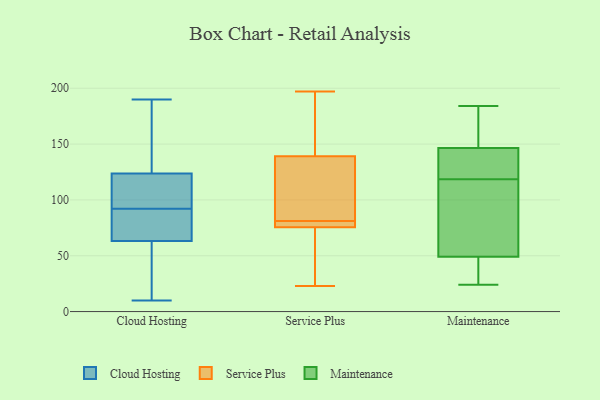
{"axis": {"x": "Satisfaction Score", "y": "Value"}, "legend": ["Cloud Hosting", "Maintenance", "Service Plus"], "data": [{"x": "", "y": 10, "type": "Cloud Hosting"}, {"x": "", "y": 63, "type": "Cloud Hosting"}, {"x": "", "y": 44, "type": "Cloud Hosting"}, {"x": "", "y": 131, "type": "Cloud Hosting"}, {"x": "", "y": 79, "type": "Cloud Hosting"}, {"x": "", "y": 97, "type": "Cloud Hosting"}, {"x": "", "y": 88, "type": "Cloud Hosting"}, {"x": "", "y": 105, "type": "Cloud Hosting"}, {"x": "", "y": 190, "type": "Cloud Hosting"}, {"x": "", "y": 46, "type": "Cloud Hosting"}, {"x": "", "y": 64, "type": "Cloud Hosting"}, {"x": "", "y": 130, "type": "Cloud Hosting"}, {"x": "", "y": 102, "type": "Cloud Hosting"}, {"x": "", "y": 92, "type": "Cloud Hosting"}, {"x": "", "y": 184, "type": "Cloud Hosting"}, {"x": "", "y": 71, "type": "Service Plus"}, {"x": "", "y": 36, "type": "Service Plus"}, {"x": "", "y": 78, "type": "Service Plus"}, {"x": "", "y": 77, "type": "Service Plus"}, {"x": "", "y": 77, "type": "Service Plus"}, {"x": "", "y": 94, "type": "Service Plus"}, {"x": "", "y": 197, "type": "Service Plus"}, {"x": "", "y": 131, "type": "Service Plus"}, {"x": "", "y": 197, "type": "Service Plus"}, {"x": "", "y": 89, "type": "Service Plus"}, {"x": "", "y": 81, "type": "Service Plus"}, {"x": "", "y": 23, "type": "Service Plus"}, {"x": "", "y": 163, "type": "Service Plus"}, {"x": "", "y": 145, "type": "Maintenance"}, {"x": "", "y": 43, "type": "Maintenance"}, {"x": "", "y": 184, "type": "Maintenance"}, {"x": "", "y": 117, "type": "Maintenance"}, {"x": "", "y": 53, "type": "Maintenance"}, {"x": "", "y": 141, "type": "Maintenance"}, {"x": "", "y": 43, "type": "Maintenance"}, {"x": "", "y": 180, "type": "Maintenance"}, {"x": "", "y": 120, "type": "Maintenance"}, {"x": "", "y": 55, "type": "Maintenance"}, {"x": "", "y": 24, "type": "Maintenance"}, {"x": "", "y": 94, "type": "Maintenance"}, {"x": "", "y": 45, "type": "Maintenance"}, {"x": "", "y": 154, "type": "Maintenance"}, {"x": "", "y": 148, "type": "Maintenance"}, {"x": "", "y": 138, "type": "Maintenance"}]}